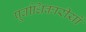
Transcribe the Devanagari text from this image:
पूर्वाधिकारीयों